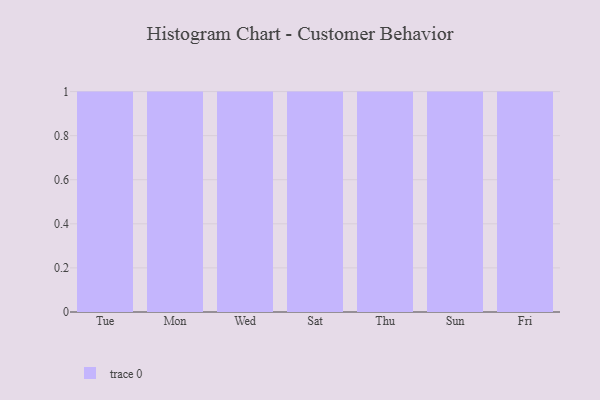
{"axis": {"x": "Day", "y": "Shipments"}, "legend": [""], "data": [{"x": "Tue", "y": 60, "type": ""}, {"x": "Mon", "y": 65, "type": ""}, {"x": "Wed", "y": 45, "type": ""}, {"x": "Sat", "y": 23, "type": ""}, {"x": "Thu", "y": 28, "type": ""}, {"x": "Sun", "y": 4, "type": ""}, {"x": "Fri", "y": 2, "type": ""}]}